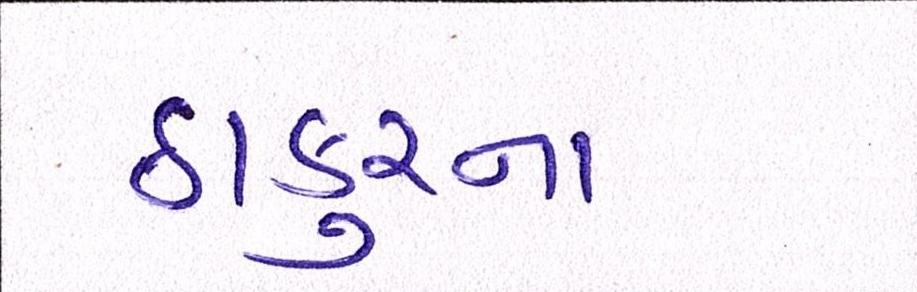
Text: ઠાકુરના